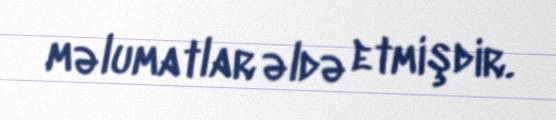
məlumatlar əldə etmişdir.